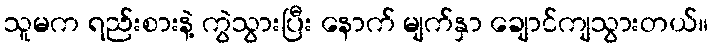
သူမက ရည်းစားနဲ့ ကွဲသွားပြီး နောက် မျက်နှာ ချောင်ကျသွားတယ်။